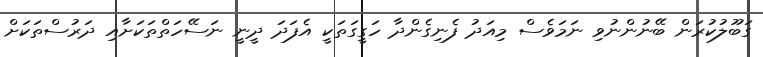
ގަބޫލުކުރަން ބޭނުންނުވި ނަމަވެސް މިއަދު ފެނިގެންދާ ހަގީގަތަކީ އެފަދަ ދީނީ ނަސޭހަތްތަކަށާއި ދަރުސްތަކަށް